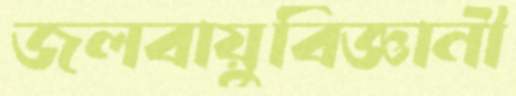
জলবায়ুবিজ্ঞানী